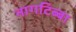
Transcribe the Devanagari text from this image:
नागटिब्बा